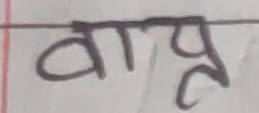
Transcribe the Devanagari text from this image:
वाप्र